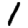
Digit: 1